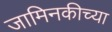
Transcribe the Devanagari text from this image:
जामिनकीच्या